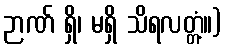
ဉာဏ် ရှိ၊ မရှိ သိရလတ္တံ့။)